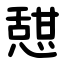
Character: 憇